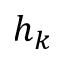
h _ { k }